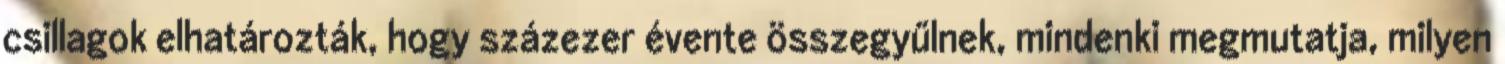
csillagok elhatározták, hogy százezer évente összegyűlnek, mindenki megmutatja, milyen